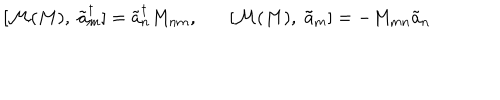
LaTeX: [ { \cal M } ( M ) , \; \tilde { a } _ { m } ^ { \dagger } ] = \tilde { a } _ { n } ^ { \dagger } M _ { n m } , [ { \cal M } ( M ) , \; \tilde { a } _ { m } ] = - M _ { m n } \tilde { a } _ { n }